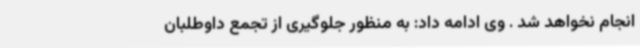
انجام نخواهد شد . وی ادامه داد: به منظور جلوگیری از تجمع داوطلبان